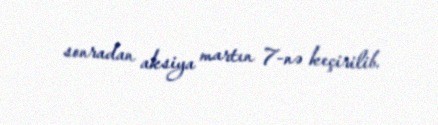
sonradan aksiya martın 7-nə keçirilib.